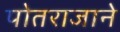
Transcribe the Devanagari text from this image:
पोतराजाने